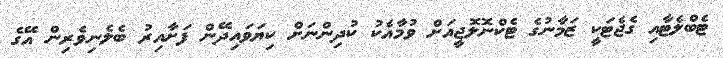
ޓެބްލެޓާއި ގެޖެޓަކީ ޒަމާނުގެ ޓެކްނޮލޮޖީއަށް ވުމާއެކު ކުދިންނަށް ކިޔަވައިދޭން ފަށާއިރު ބެލެނިވެރިން އޭގެ